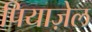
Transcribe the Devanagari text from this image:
पियाज़ेल